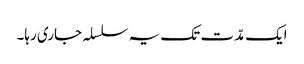
ایک مدّت تک یہ سلسلہ جاری رہا۔